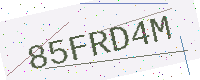
Text: 85FRD4M